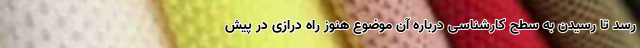
رسد تا رسیدن به سطح کارشناسی درباره آن موضوع هنوز راه درازی در پیش